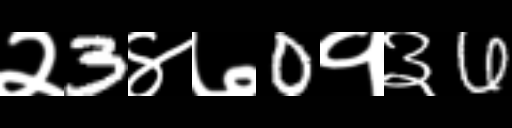
Text: २3४७0१३6